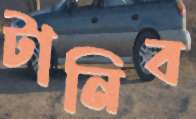
টানিব